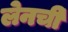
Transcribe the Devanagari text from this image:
लेनची